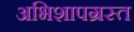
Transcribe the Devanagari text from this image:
अभिशापग्रस्त